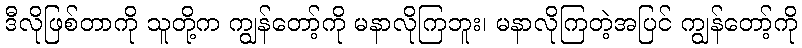
ဒီလိုဖြစ်တာကို သူတို့က ကျွန်တော့်ကို မနာလိုကြဘူး၊ မနာလိုကြတဲ့အပြင် ကျွန်တော့်ကို